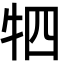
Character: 牭